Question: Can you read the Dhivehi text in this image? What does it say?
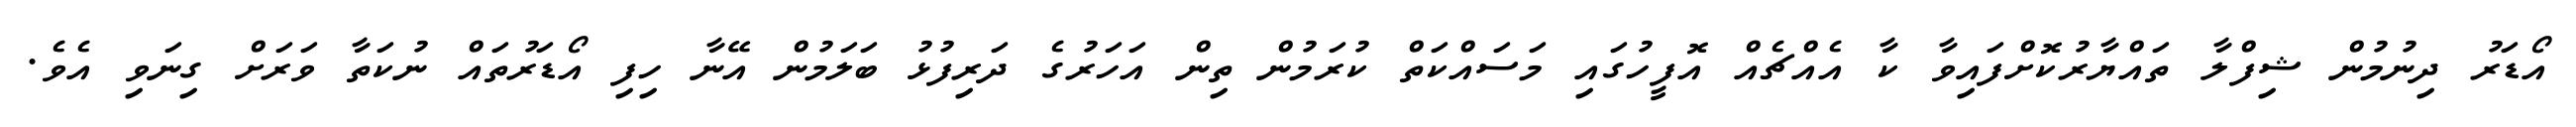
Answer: އޯޑަރު ދިނުމުން ޝިފްލާ ތައްޔާރުކޮށްފައިވާ ކާ އެއްޗެއް އޮފީހުގައި މަސައްކަތް ކުރަމުން ތިން އަހަރުގެ ދަރިފުޅު ބަލަމުން އޭނާ ހިފި އޯޑަރުތައް ނުކަތާ ވަރަށް ގިނަވި އެވެ.